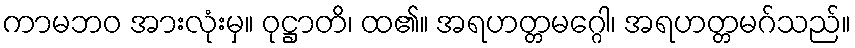
ကာမဘဝ အားလုံးမှ။ ဝုဋ္ဌာတိ၊ ထ၏။ အရဟတ္တမဂ္ဂေါ၊ အရဟတ္တမဂ်သည်။